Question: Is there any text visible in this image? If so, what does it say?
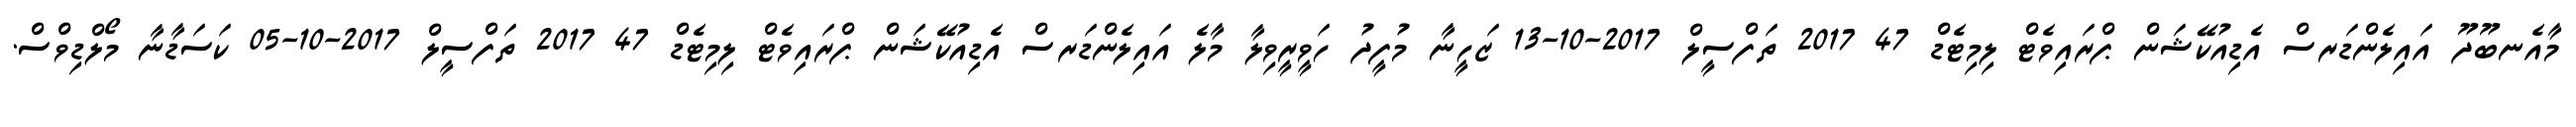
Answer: މާއެނބޫދޫ އައިލެންޑަރސް އެޑިއުކޭޝަން ޕްރައިވެޓް ލިމިޓެޑް 47 2017 ތަފްސީލް 2017-10-13 ޒަހީނާ މުފީދު ހަވީރީވިލާ މާލެ އައިލެންޑަރސް އެޑިއުކޭޝަން ޕްރައިވެޓް ލިމިޓެޑް 47 2017 ތަފްސީލް 2017-10-05 ކަސަޑާނާ މޯލްޑިވްސް.